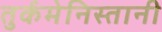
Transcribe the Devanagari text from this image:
तुर्कमेनिस्तानी